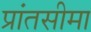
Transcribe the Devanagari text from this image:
प्रांतसीमा